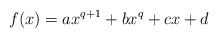
\begin{align*}f(x) = ax^{q+1} + bx^q + cx + d\end{align*}